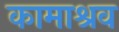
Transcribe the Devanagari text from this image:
कामाश्रव